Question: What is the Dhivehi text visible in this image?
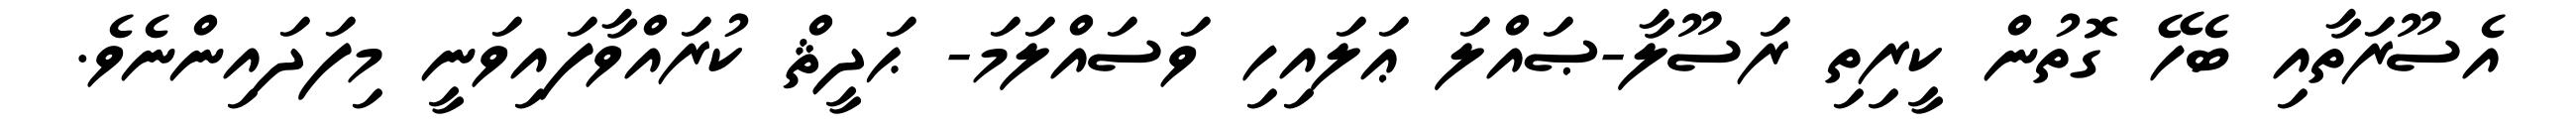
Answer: އެސޫރަތާއި ބެހޭ ގޮތުން ކީރިތި ރަސޫލާ-ޞައްލަ ޢަލައިހި ވަސައްލަމަ- ޙަދީޘް ކުރައްވާފައިވަނީ މިފަދައިންނެވެ.